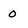
Character: O